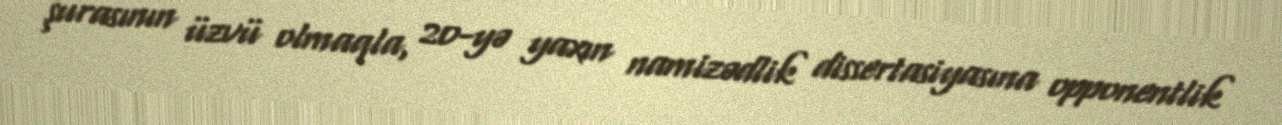
şurasının üzvü olmaqla, 20-yə yaxın namizədlik dissertasiyasına opponentlik